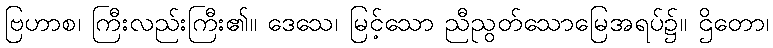
ဗြဟာစ၊ ကြီးလည်းကြီး၏။ ဒေသေ၊ မြင့်သော ညီညွတ်သောမြေအရပ်၌။ ဌိတော၊